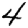
Digit: 4